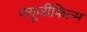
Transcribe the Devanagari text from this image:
फ्यूजीफिल्म